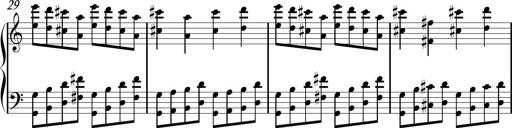
Title: Sonhatina
Composer: Davi Rocha
Key: C major